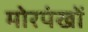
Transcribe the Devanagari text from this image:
मोरपंखों